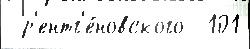
 р'ентг'е́новского  101